Calcutta medical institutions reports 1879-81 [i.e.91]
Year: 1879
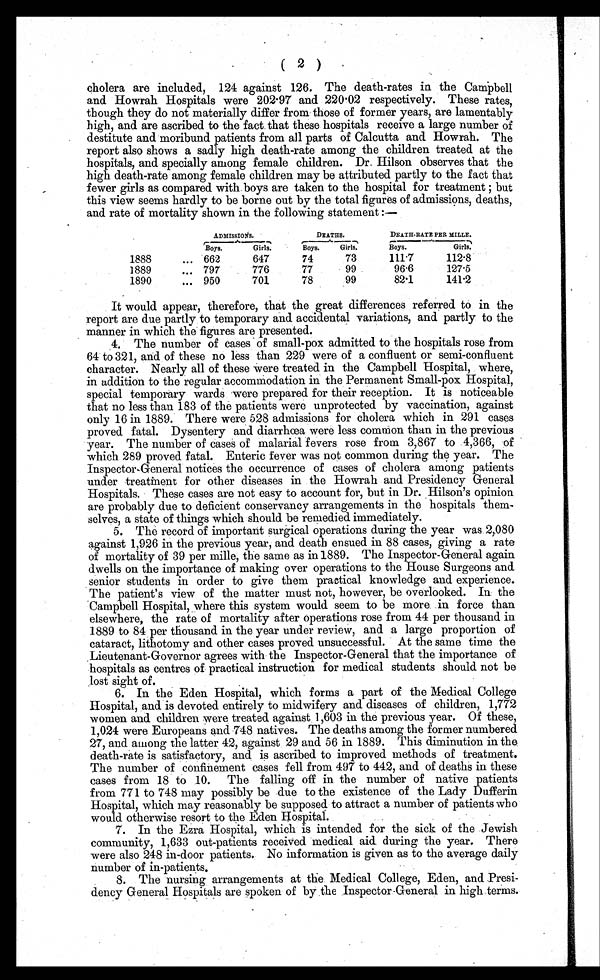
( 2 )
cholera are included, 124 against 126. The death-rates in the Campbell
and Howrah Hospitals were 202.97 and 220.02 respectively. These rates,
though they do not materially differ from those of former years, are lamentably
high, and are ascribed to the fact that these hospitals receive a large number of
destitute and moribund patients from all parts of Calcutta and Howrah. The
report also shows a sadly high death-rate among the children treated at the
hospitals, and specially among female children. Dr. Hilson observes that the
high death-rate among female children may be attributed partly to the fact that
fewer girls as compared with boys are taken to the hospital for treatment; but
this view seems hardly to be borne out by the total figures of admissions, deaths,
and rate of mortality shown in the following statement :—
ADMISSIONS.
DEATHS.
DEATH-RATE PER MILLE.
Boys.
Girls.
Boys.
Girls.
Boys.
Girls.
1888
... 662
647
74
73
111.7
112.8
1889
... 797
776
77
99
96.6
127.5
1890
... 950
701
78
99
82.1
141.2
It would appear, therefore, that the great differences referred to in the
report are due partly to temporary and accidental variations, and partly to the
manner in which the figures are presented.
4. The number of cases of small-pox admitted to the hospitals rose from
64 to 321, and of these no less than 229 were of a confluent or semi-confluent
character. Nearly all of these were treated in the Campbell Hospital, where,
in addition to the regular accommodation in the Permanent Small-pox Hospital,
special temporary wards were prepared for their reception. It is noticeable
that no less than 183 of the patients were unprotected by vaccination, against
only 16 in 1889. There were 528 admissions for cholera which in 291 cases
proved fatal. Dysentery and diarrhœa were less common than in the previous
year. The number of cases of malarial fevers rose from 3,867 to 4,366, of
which 289 proved fatal. Enteric fever was not common during the year. The
Inspector-General notices the occurrence of cases of cholera among patients
under treatment for other diseases in the Howrah and Presidency General
Hospitals. These cases are not easy to account for, but in Dr. Hilson's opinion
are probably due to deficient conservancy arrangements in the hospitals them-
selves, a state of things which should be remedied immediately.
5. The record of important surgical operations during the year was 2,080
against 1,926 in the previous year, and death ensued in 88 cases, giving a rate
of mortality of 39 per mille, the same as in 1889. The Inspector-General again
dwells on the importance of making over operations to the House Surgeons and
senior students in order to give them practical knowledge and experience.
The patient's view of the matter must not, however, be overlooked. In the
Campbell Hospital, where this system would seem to be more in force than
elsewhere, the rate of mortality after operations rose from 44 per thousand in
1889 to 84 per thousand in the year under review, and a large proportion of
cataract, lithotomy and other cases proved unsuccessful. At the same time the
Lieutenant-Governor agrees with the Inspector-General that the importance of
hospitals as centres of practical instruction for medical students should not be
lost sight of.
6. In the Eden Hospital, which forms a part of the Medical College
Hospital, and is devoted entirely to midwifery and diseases of children, 1,772
women and children were treated against 1,603 in the previous year. Of these,
1,024 were Europeans and 748 natives. The deaths among the former numbered
27, and among the latter 42, against 29 and 56 in 1889. This diminution in the
death-rate is satisfactory, and is ascribed to improved methods of treatment.
The number of confinement cases fell from 497 to 442, and of deaths in these
cases from 18 to 10. The falling off in the number of native patients
from 771 to 748 may possibly be due to the existence of the Lady Dufferin
Hospital, which may reasonably be supposed to attract a number of patients who
would otherwise resort to the Eden Hospital.
7. In the Ezra Hospital, which is intended for the sick of the Jewish
community, 1,633 out-patients received medical aid during the year. There
were also 248 in-door patients. No information is given as to the average daily
number of in-patients.
8. The nursing arrangements at the Medical College, Eden, and Presi-
dency General Hospitals are spoken of by the Inspector-General in high terms.